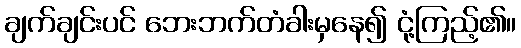
ချက်ချင်းပင် ဘေးဘက်တံခါးမှနေ၍ ငုံ့ကြည့်၏။